Report of the Municipal Commissioner on the plague in Bombay for the year ending 31st May... - Volume 3
Disease focus: Plague
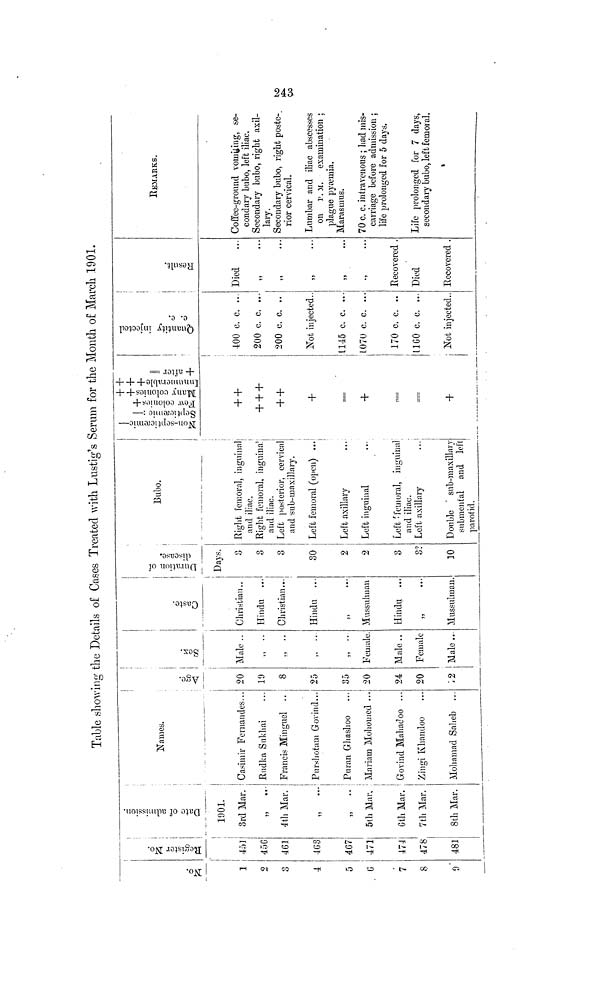
Table showing the Details of Cases Treated with Lustig's Serum for the Month of March 1901.
No.
1
2
3
4
5
6
7
8
9
Register No.
451
456
461
463
467
471
474
478
481
Date of admission
1901.
3rd Mar.
4th Mar.
5th Mar,
6th Mar.
7th Mar.
8th Mar.
Ñames.
Casimir Fernandes...
Rudka Sukhai
Francis Minguel ..
Purshotam Govind...
Puran Ghashoo
Mariam Mohomed
Govind Mahadoo ...
Zingi Khandoo
Mohamad Saheb ...
Age.
20
19
8
25
35
20
24
20
12
Male..
Female.
Male ..
Female
Male ..
Caste.
Christian..
Hindu
Christian...
Hindu
,,
...
Mussulman
Hindu
,,
•••
Mussulman.
Duration of disease.
Days.
3
3
3
30
2
2
3
3?
10
Bubo.
Right Femoral, inguinal
and iliac.
Right femoral, inguinal
and iliac.
Left posterior, cervical
and sub-maxillary.
Left femoral (open) ...
Left axillary
Left inguinal
Left femoral, inguinal
and iliac.
Left axillary
Double sub-maxillary
submental and left
parotid.
Non-septicaemic-
Septieaemic -
Few colonies ++
Innumerale +++
+ after =
+ +
+ + +
+ +
==
+
+
Quantity injected c.c.
400 c.c. ..
200 c. c. ...
200 c.c. ..
Not injected..
1145 c. c. ...
1070 c. c. ...
170 c. c. ..
1160 c. c. ...
Not injected..
Result.
Died
,,
...
Recovered .
Died
Recovered .
REMARKS.
Coffee-ground vomiting, se-
condary bubo, left iliac.
Secondary bubo, right axil-
lary.
Secondary bubo, right poste-
rior cervical.
Lumbar and iliac abscesses
on p. M. examination ;
plague pyaemia.
Marasmus.
70 c. c. intravenous ; had mis-
carriage before admission ;
life prolonged for 5 days.
Life prolonged for 7 clays,
secondary bubo, left femoral.
243